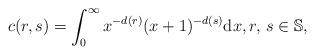
LaTeX: \begin{align*}c(r,s)=\int_0^\infty x^{-d(r)}(x+1)^{-d(s)}\mathrm dx,r,\,s\in\mathbb S,\end{align*}